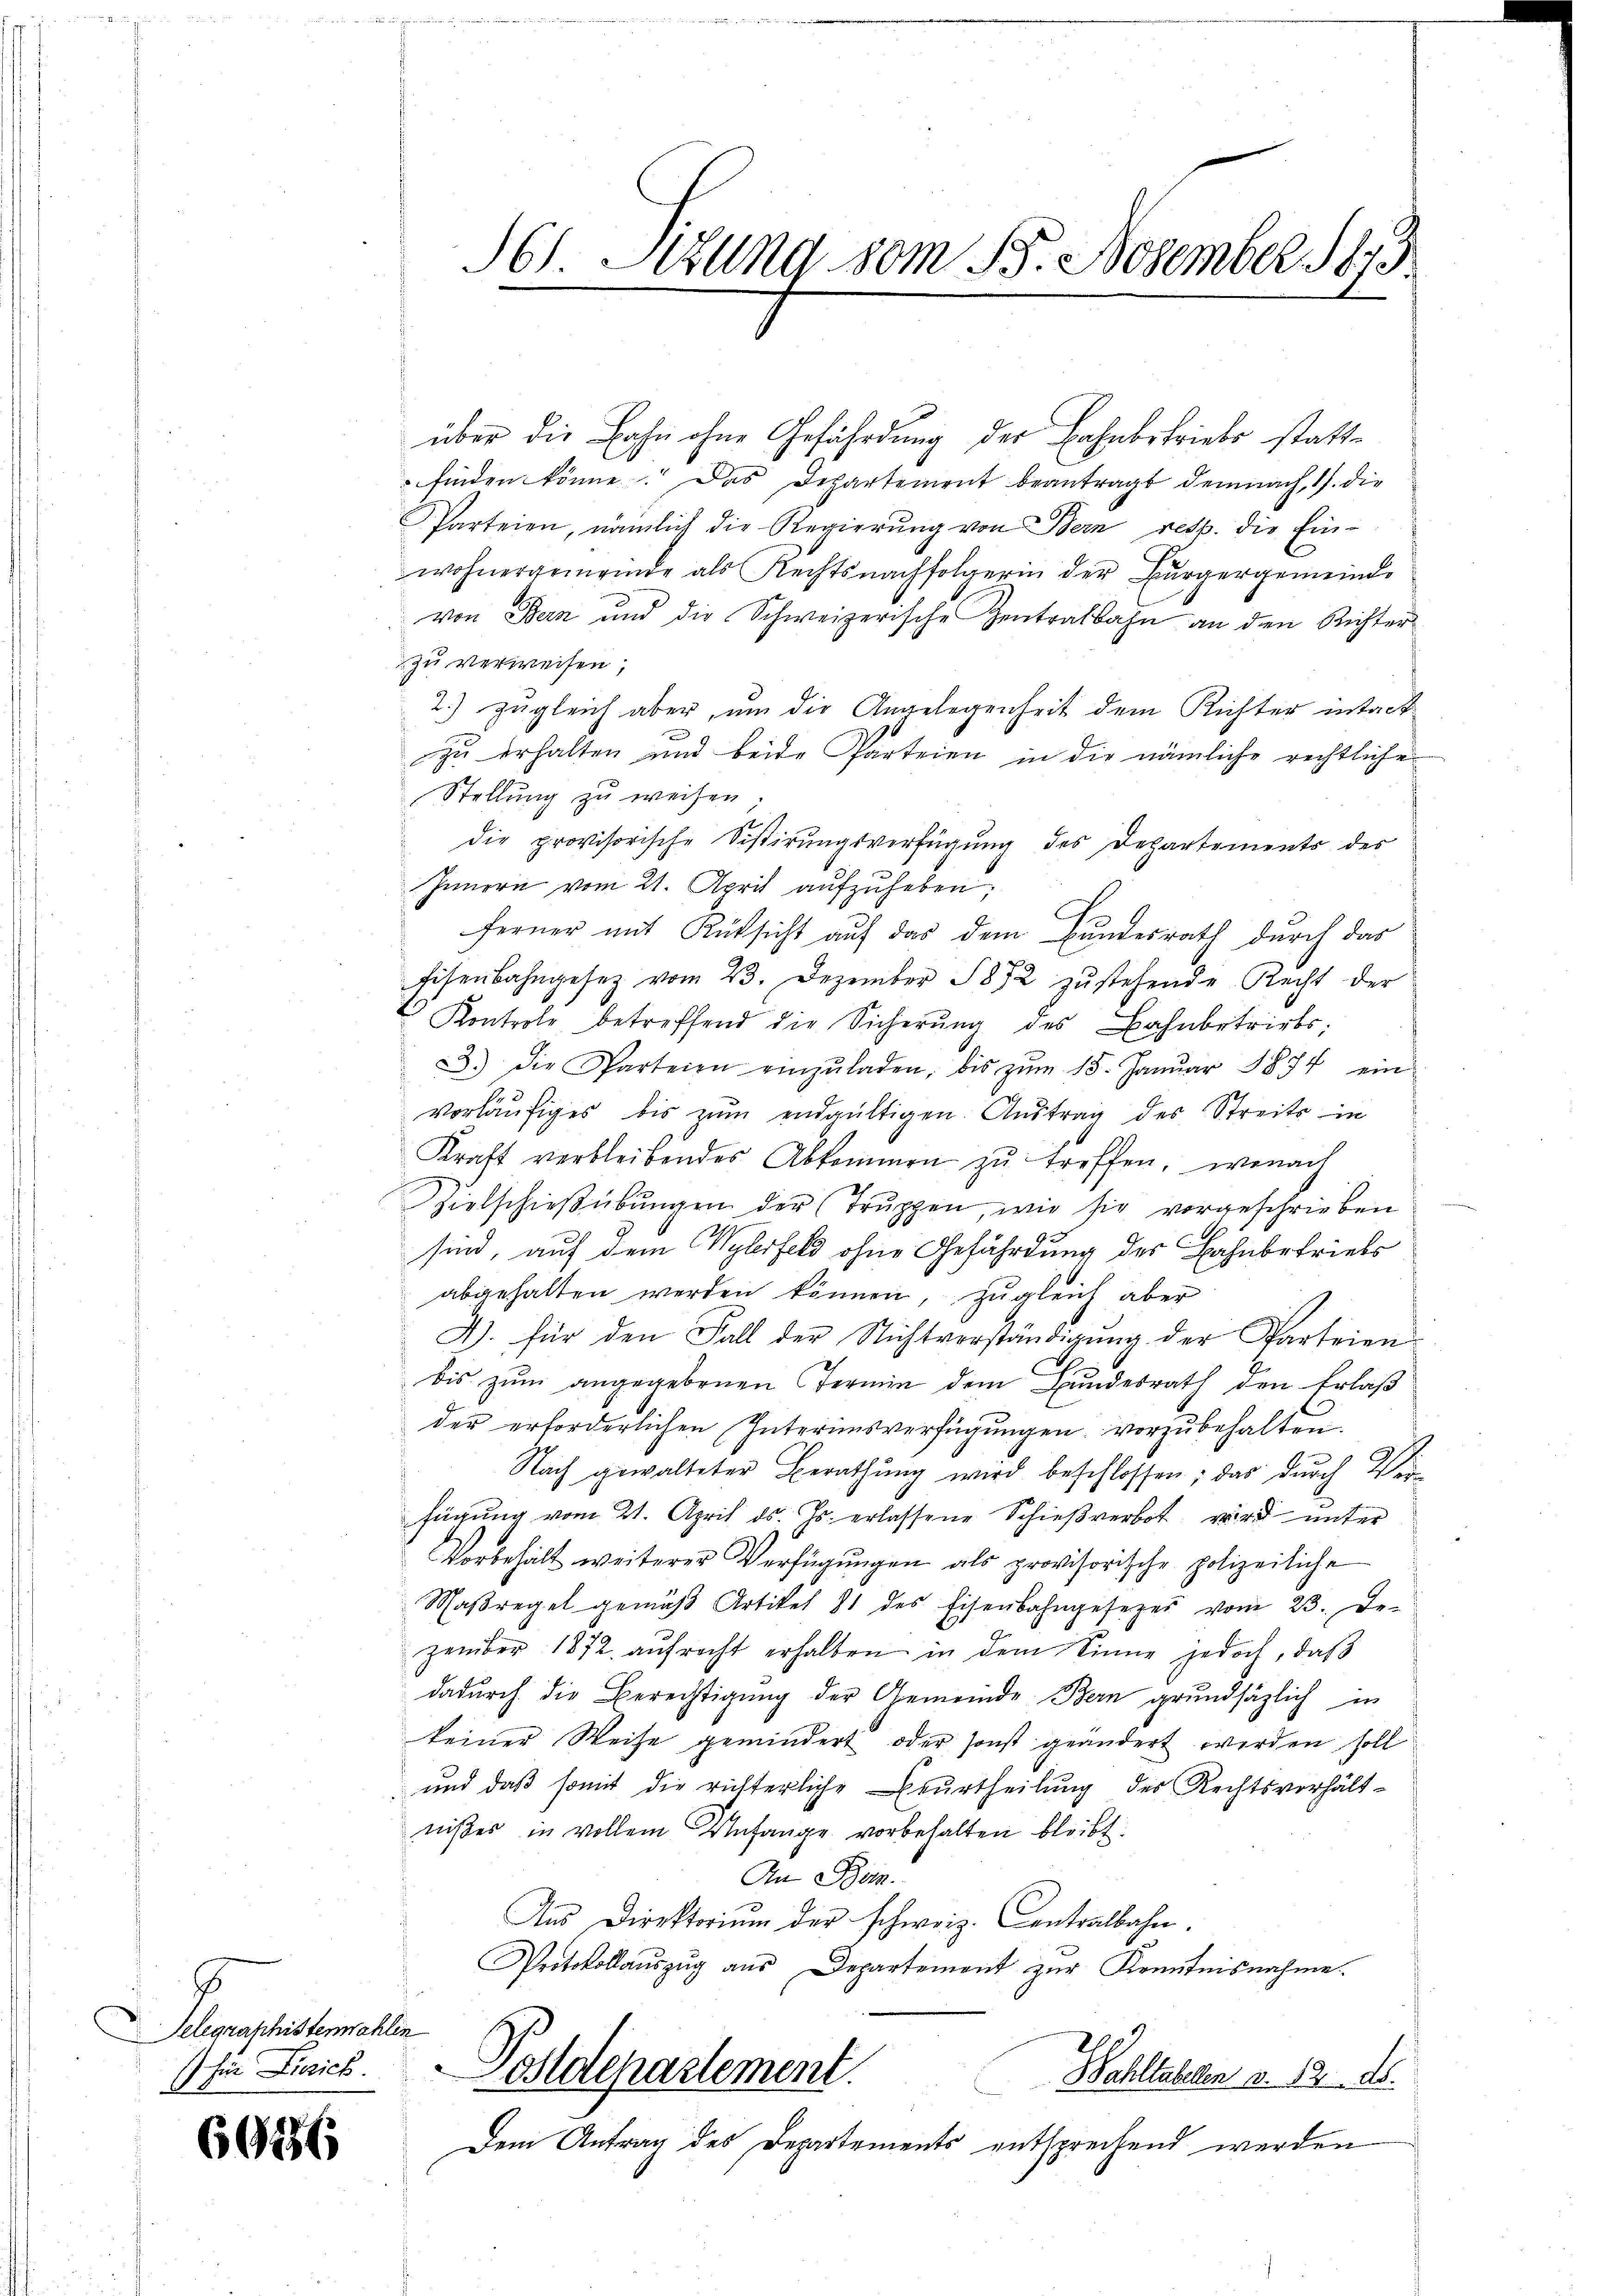
Telegraphistenwahlen
für Zürich.

6916

16 Etzung vom 15. November 1873

über die Bahn ohne Gefährdung der Bahnbetriebe stattfinden könne. Das Departement beantragt demnach, 1. die
Parteien, nämlich die Regierŭng von Bern resp. die Ein-
wohnergemeinde als Rechtsnachfolgerin der Bürgergemeinde
von Bern und die Schweizerische Zentralbahn an den Richter
zu verweisen;
2) zugleich aber, um die Angelegenheit dem Richter intack
u
zu erhalten und beide Parteien in die nämliche rechtliche
Stellung zu weisen.
die provisorische Sistirungsverfügung des Departements der
Innern vom 21. April aufzuheben;
ferner mit Rücksicht auf das dem Bundesrath durch das
Eisenbahngesetz vom 23. Dezember 1872 zŭstehende Recht der
Kontrole betreffend die Sicherŭng des Bahnbetriebs
33.) Die Parteien einzŭladen, bis zŭm 15. Janŭar 1874 ein
vorläufiges bis zŭm endgültigen. Austrag des Streits in
Kraft verbleibendes Abkommen zŭ treffen, wonach
Zielschießübungen der Truppen, wie sie vorgeschrieben
sind, auf dem Wylerfeld ohne Gefährdung der Bahnbetriebs
abgehalten werden können, zugleich aber
D. für den Fall der Nichtverständigung der Parteien.
bis zŭm angegebenen Termin dem Bŭndesrath den Erlaβ
der erforderlichen Interimsverfügungen vorzubehalten.
Nach gewalteter Berathŭng wird beschlossen; das durch Ver-
fügung vom 21. April d. Js. erlassene Schießverbot wird unter
Vorbehalt weiterer Verfügungen als provisorische polizeiliche
Maßregel gemäβ Artikel 81 des Eisenbahngesetzes vom 23. De-
zember 1872. aŭfrecht erhalten in dem Sinne jedoch, daß
dadurch die Berechtigung der Gemeinde Bern grundsätzlich in
keiner Weise gemindert, oder sonst geändert werden soll
und daß somit die richterliche Erurtheilung des Rechtsverhältnißes in vollem Unfange vorbehalten bleibt:
An Be
Ans Direktoriŭm der schweiz. Centralbahn.
Protokollaŭszŭg aŭs Departement zŭr Kenntnisnahme.
Adepartement.
Wahltahelen a. 12. ds.
Dem Antrag des Departements entsprechend werden